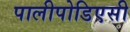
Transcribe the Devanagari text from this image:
पालीपोडिएसी